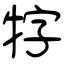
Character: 牸